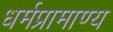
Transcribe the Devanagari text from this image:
धर्मप्रामाण्य